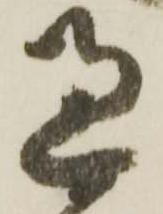
過